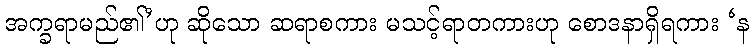
အက္ခရာမည်၏’ဟု ဆိုသော ဆရာစကား မသင့်ရာတကားဟု စောဒနာရှိရကား ‘န